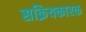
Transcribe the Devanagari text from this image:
सक्रियकारक